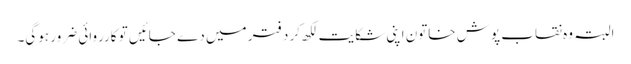
البتہ وہ نقاب پوش خاتون اپنی شکایت لکھ کر دفتر میں دے جائیں تو کارروائی ضرور ہوگی۔